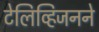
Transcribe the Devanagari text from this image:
टेलिव्हिजनने